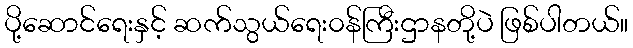
ပို့ဆောင်ရေးနှင့် ဆက်သွယ်ရေး၀န်ကြီးဌာနတို့ပဲ ဖြစ်ပါတယ်။